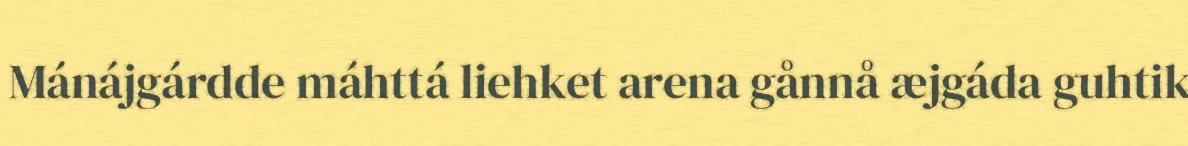
Mánájgárdde máhttá liehket arena gånnå æjgáda guhtik